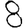
Digit: 8